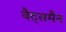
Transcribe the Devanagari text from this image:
बैट्समैन